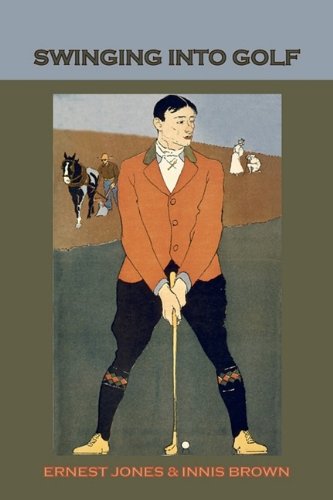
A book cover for Swinging Into Golf; Ernest Jones; Biographies & Memoirs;